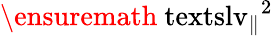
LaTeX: \ensuremath{\mathrm{\ textsl{v}}_{\parallel}}^{2}